Annual report of the Imperial Bacteriologist
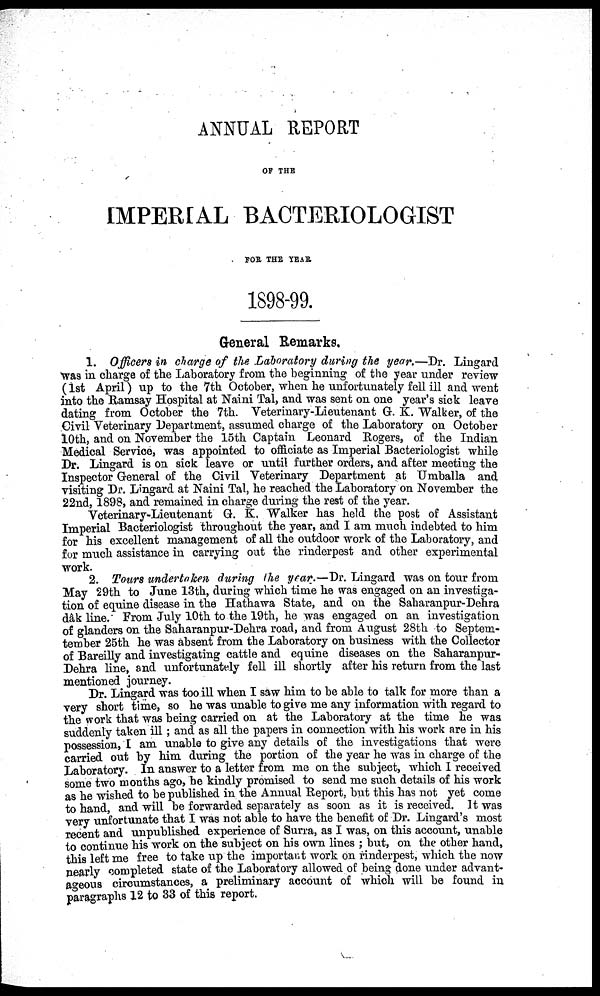
ANNUAL REPORT
OF THE
IMPERIAL BACTERIOLOGIST
FOR THE YEAR.
1898-99.
General Remarks.
1. Officers in charge of the Laboratory during the year.—Dr. Lingard
was in charge of the Laboratory from the beginning of the year under review
(1st April) up to the 7th October, when he unfortunately fell ill and went
into the Ramsay Hospital at Naini Tal, and was sent on one year's sick leave
dating from October the 7th. Veterinary-Lieutenant G. K. Walker, of the
Civil Veterinary Department, assumed charge of the Laboratory on October
10th, and on November the 15th Captain Leonard Rogers, of the Indian
Medical Service, was appointed to officiate as Imperial Bacteriologist while
Dr. Lingard is on sick leave or until further orders, and after meeting the
Inspector General of the Civil Veterinary Department at Umballa and
visiting Dr. Lingard at Naini Tal, he reached the Laboratory on November the
22nd, 1898, and remained in charge during the rest of the year.
Veterinary-Lieutenant G. K. Walker has held the post of Assistant
Imperial Bacteriologist throughout the year, and I am much indebted to him
for his excellent management of all the outdoor work of the Laboratory, and
for much assistance in carrying out the rinderpest and other experimental
work.
2. Tours undertaken during the year.—Dr. Lingard was on tour from
May 29th to June 13th, during which time he was engaged on an investiga-
tion of equine disease in the Hathawa State, and on the Saharanpur-Dehra
dâk line. From July 10th to the 19th, he was engaged on an investigation
of glanders on the Saharanpur-Dehra road, and from August 28th to Septem¬
tember 25th he was absent from the Laboratory on business with the Collector
of Bareilly and investigating cattle and equine diseases on the Saharanpur-
Dehra line, and unfortunately fell ill shortly after his return from the last
mentioned journey.
Dr. Lingard was too ill when I saw him to be able to talk for more than a
very short time, so he was unable to give me any information with regard to
the work that was being carried on at the Laboratory at the time he was
suddenly taken ill; and as all the papers in connection with his work are in his
possession, I am unable to give any details of the investigations that were
carried out by him during the portion of the year he was in charge of the
Laboratory. In answer to a letter from me on the subject, which I received
some two months ago, he kindly promised to send me such details of his work
as he wished to be published in the Annual Report, but this has not yet come
to hand, and will be forwarded separately as soon as it is received. It was
very unfortunate that I was not able to have the benefit of Dr. Lingard's most
recent and unpublished experience of Surra, as I was, on this account, unable
to continue his work on the subject on his own lines ; but, on the other hand,
this left me free to take up the important work on rinderpest, which the now
nearly completed state of the Laboratory allowed of being done under advant-
ageous circumstances, a preliminary account of which will be found in
paragraphs 12 to 33 of this report.